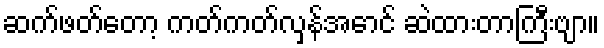
ဆက်ဖတ်တော့ ကတ်ကတ်လှန်အောင် ဆဲထားတာကြီးဗျာ။